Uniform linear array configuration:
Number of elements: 48
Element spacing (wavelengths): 0.25
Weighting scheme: binomial
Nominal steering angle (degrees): -15
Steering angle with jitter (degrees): -13.424
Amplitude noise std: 0.05
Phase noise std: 0.05

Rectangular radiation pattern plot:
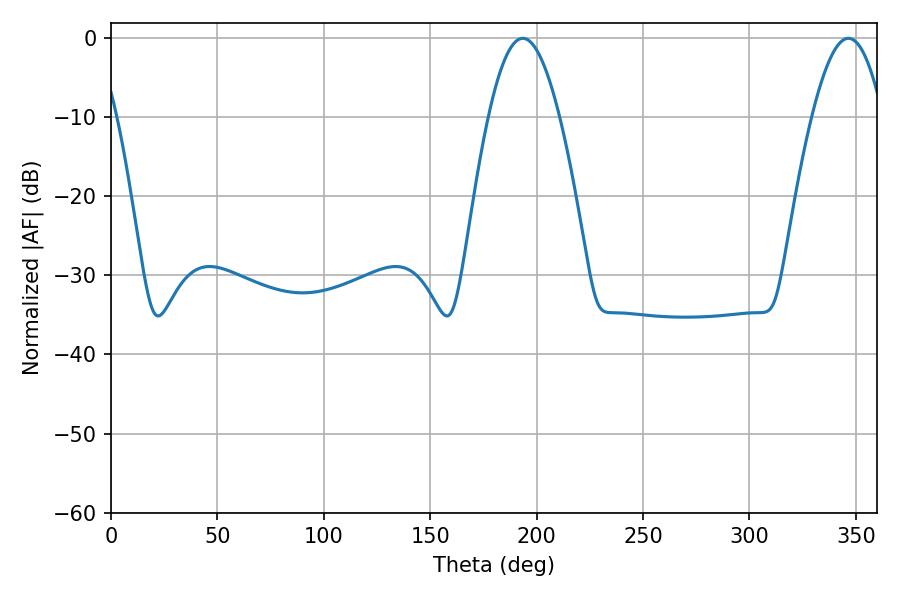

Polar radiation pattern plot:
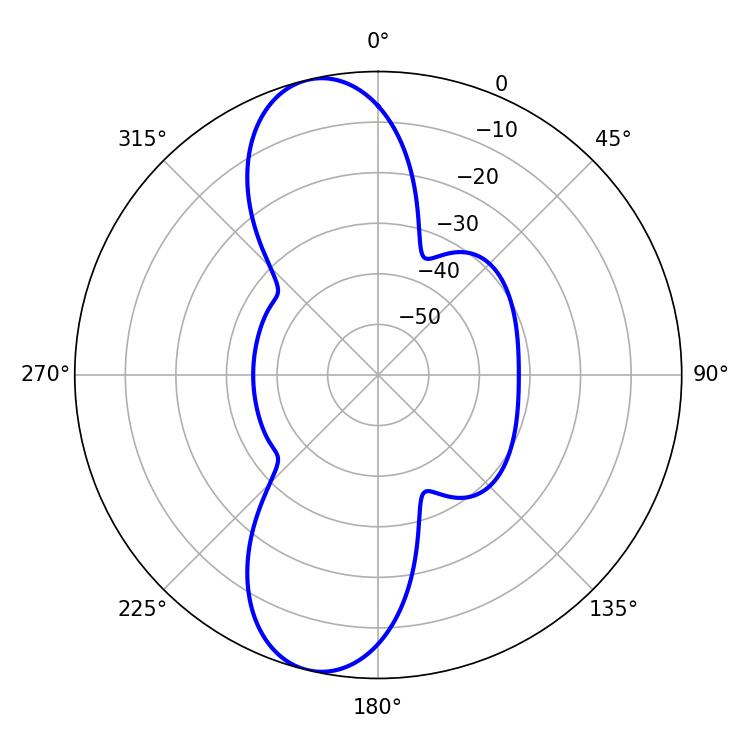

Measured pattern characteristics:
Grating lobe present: FALSE
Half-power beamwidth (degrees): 18
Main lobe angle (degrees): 193.5